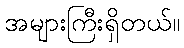
အများကြီးရှိတယ်။